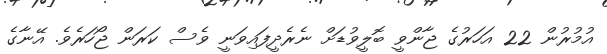
އުމުރުން 22 އަހަރުގެ ޖާންވީ ބޮލީވުޑަށް ނެރެދީފައިވަނީ ވެސް ކަރަން ޖޯހަރެވެ. އޭނާގެ